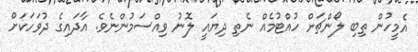
އެމީހުން ތިބި ލޯންޗަށް ހުއްޓުމެއް ނެތި ދިޔައީ ލޮނު ވިއްސަމުންނެވެ. އާދައިގެ ދުވަހަކަށް